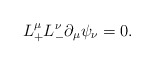
\begin{align*} L_+^\mu L_-^\nu\partial_\mu\psi_\nu=0.\end{align*}